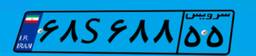
۵۲S۶۱۹۰۴